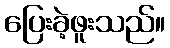
ပြေးခဲ့ဖူးသည်။